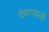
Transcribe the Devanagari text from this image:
देवगाथाओं